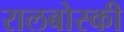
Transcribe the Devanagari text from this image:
रालबोस्की